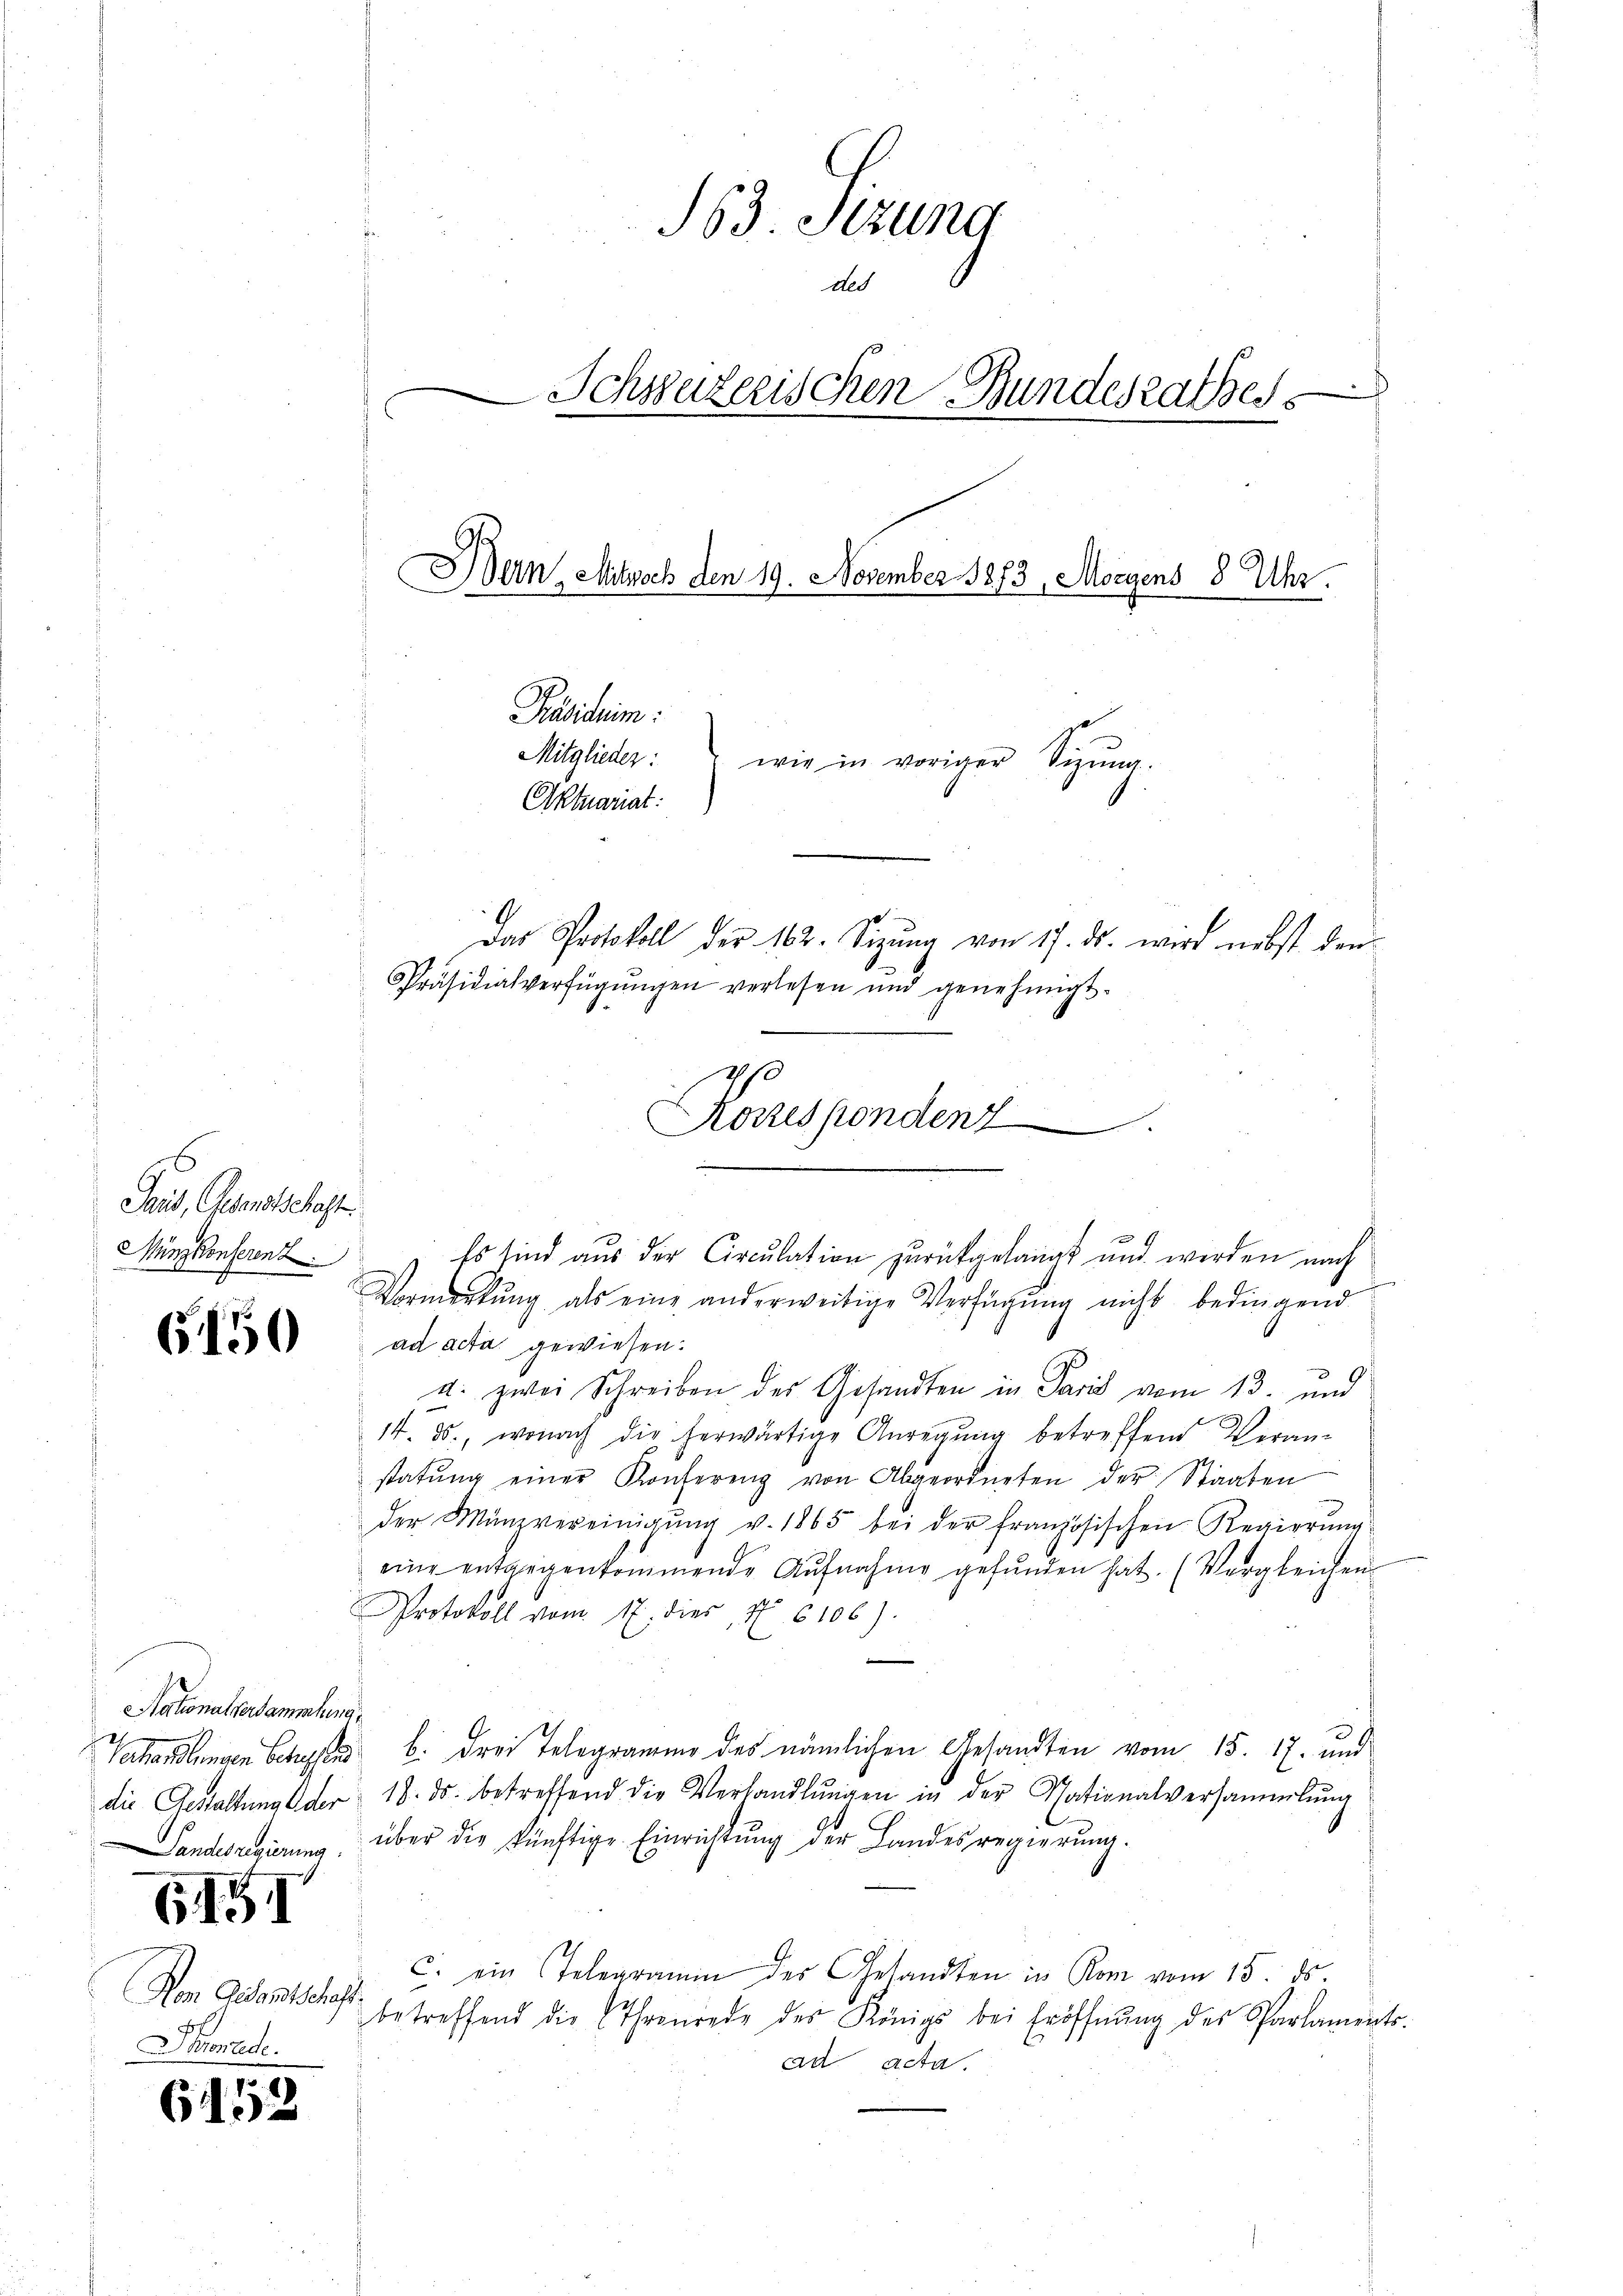
Jais, Gesandtschaft
Münzkonserenz

6150

Nationalversammlung.
Landesregierung

6I

Von Gesandtschaft.
Spionrede.

6152

163. Sitzung
ded
Schweizerischen Bundesrathes
d
Bern, Mitwoch den 19. November 1873, Morgens 8 Uhr.
e
Präsidium:
Mitglieder:
wie in voriger Sizŭng.
Oktuariat:
Das Protokoll der 162. Sizŭng von 17. ds. wird nebst den
Präsidialverfügungen verlesen und genehmigt.

Ps
orrespondenz

g
Vormerkŭng als eine anderweitige Verfügung nicht bedingend
ad acta gewiesen.
u. zwei Schreiben des Gesandten in Paris vom 13. und
14. ds., wonach die herwärtige Anregung betreffend Veran-
statŭng einer Konferenz von Abgeordneten der Staaten
der Münzvereinigŭng v. 1865 bei der französischen Regierŭng
eine entgegenkommende Aŭfnahme gefŭnden hat. (Vergleichen
Protokoll vom 17. dies, N. 6106).
Sehandlungen Schad b. drei Telegramm des nämlichen Gesandten vom 15. 17. und
die Gestaltung der 18. ds. betreffend die Verhandlŭngen in der Nationalversammlung
über die künftige Einrichtung der Landesregierŭng.
c. ein Telegramm des Gesandten in Rom vom 15. ds.
betreffend die Thronrede des Königs bei Eröffnŭng des Parlaments-
ad acta.

.
Es sind aus der Circulation zurückgelangt und werden nach